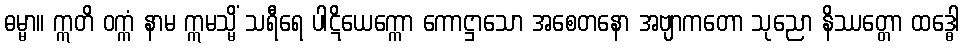
ဓမ္မာ။ ဣတိ ဝက္ကံ နာမ ဣမသ္မိံ သရီရေ ပါဋိယေက္ကော ကောဋ္ဌာသော အစေတနော အဗျာကတော သုညော နိဿတ္တော ထဒ္ဓေါ